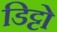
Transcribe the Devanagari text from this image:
डिट्टो